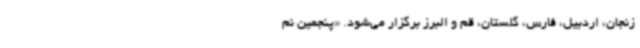
زنجان، اردبیل، فارس، گلستان، قم و البرز برگزار می‌شود. «پنجمین نم